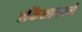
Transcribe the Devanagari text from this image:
लँकेशायरने